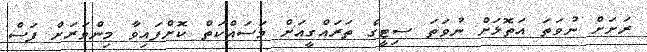
ރަށަށް ނުވަތަ އަތޮޅަށް ނުވަތަ ސިޓީގެ ތަރައްގީއަށް މަސައްކަތް ކޮށްފައިވާ މިންވަރަށް ފަސް